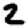
Digit: 2